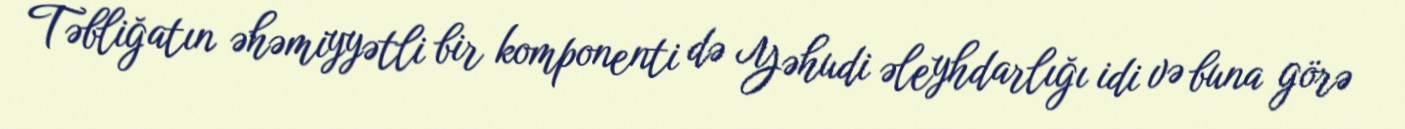
Təbliğatın əhəmiyyətli bir komponenti də Yəhudi əleyhdarlığı idi və buna görə